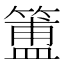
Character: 簠